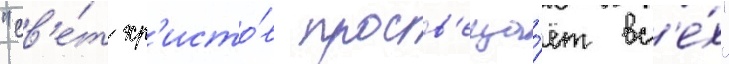
"св'е́т хр'исто́в просв'еща́ет вс'е́х"